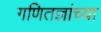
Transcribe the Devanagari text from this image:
गणितज्ञांच्या